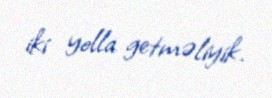
iki yolla getməliyik.